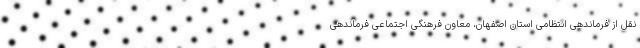
نقل از فرماندهی انتظامی استان اصفهان، معاون فرهنگی اجتماعی فرماندهی